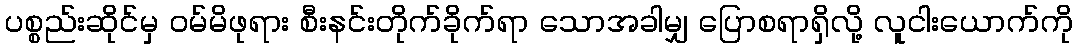
ပစ္စည်းဆိုင်မှ ဝမ်မိဖုရား စီးနင်းတိုက်ခိုက်ရာ သောအခါမျှ ပြောစရာရှိလို့ လူငါးယောက်ကို